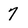
Character: 7